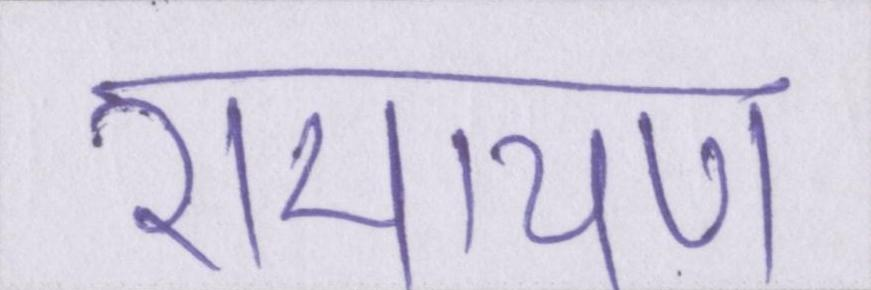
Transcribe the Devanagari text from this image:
रामायण